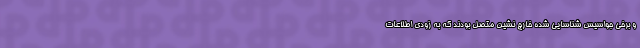
و برخی جواسیس شناسایی شده خارج نشین متصل بودند که به زودی اطلاعات